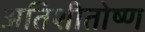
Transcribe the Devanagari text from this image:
अतिशीतोष्ण